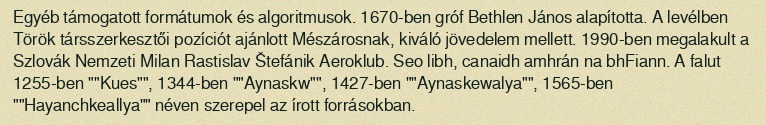
Egyéb támogatott formátumok és algoritmusok. 1670-ben gróf Bethlen János alapította. A levélben Török társszerkesztői pozíciót ajánlott Mészárosnak, kiváló jövedelem mellett. 1990-ben megalakult a Szlovák Nemzeti Milan Rastislav Štefánik Aeroklub. Seo libh, canaidh amhrán na bhFiann. A falut 1255-ben ""Kues"", 1344-ben ""Aynaskw"", 1427-ben ""Aynaskewalya"", 1565-ben ""Hayanchkeallya"" néven szerepel az írott forrásokban.